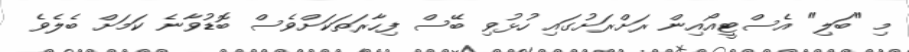
މި "ބަލި" އެސްޓީއޯއިން ރަށްރަށުގައި ހުޅުވި ބޭސް ފިހާރަތަކަށްވެސް ބޮޑުވާނެ ކަމަށް ބެލެވެ